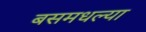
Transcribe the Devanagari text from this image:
बसमधल्या